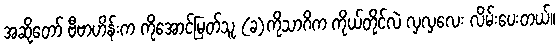
အဆိုတော် ဗီဗာဟိန်းက ကိုအောင်မြတ်သူ (ခ)ကိုသာဂိက ကိုယ်တိုင်လဲ လှလှလေး လိမ်းပေးတယ်၊၊